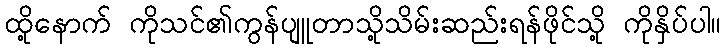
ထို့နောက် ကိုသင်၏ကွန်ပျူတာသို့သိမ်းဆည်းရန်ဖိုင်သို့ ကိုနှိပ်ပါ။